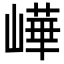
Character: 㠏